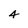
Character: 4